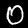
Digit: 0